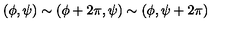
( \phi , \psi ) \sim ( \phi + 2 \pi , \psi ) \sim ( \phi , \psi + 2 \pi ) \,